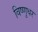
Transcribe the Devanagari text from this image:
विष्णुधर